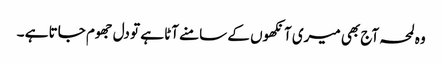
وہ لمحہ آج بھی میری آنکھوں کے سامنے آٹا ہے تو دل جھوم جاتا ہے ۔